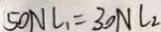
5 0 N l _ { 1 } = 3 0 N l _ { 2 }